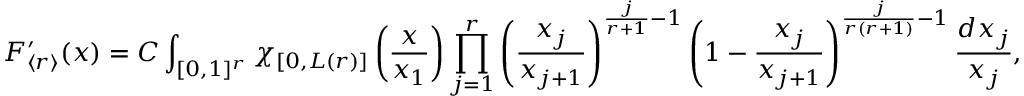
F _ { \langle r \rangle } ^ { \prime } ( x ) = C \int _ { [ 0 , 1 ] ^ { r } } \chi _ { [ 0 , L ( r ) ] } \left( \frac { x } { x _ { 1 } } \right) \prod _ { j = 1 } ^ { r } \left( \frac { x _ { j } } { x _ { j + 1 } } \right) ^ { \frac { j } { r + 1 } - 1 } \left( 1 - \frac { x _ { j } } { x _ { j + 1 } } \right) ^ { \frac { j } { r ( r + 1 ) } - 1 } \frac { d x _ { j } } { x _ { j } } ,